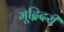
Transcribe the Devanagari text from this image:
मूद्बिदरी